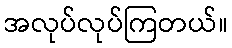
အလုပ်လုပ်ကြတယ်။